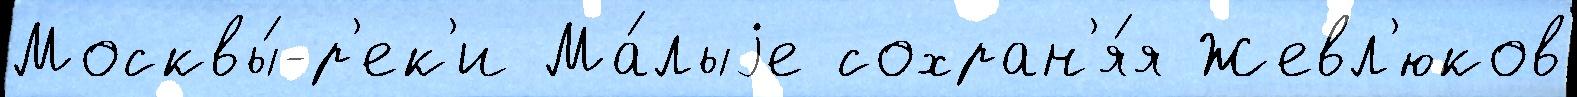
Москвы́-р'ек'и Ма́лыjе сохран'я́я Жевл'юков